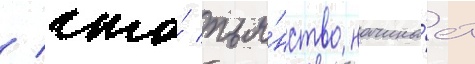
/ что́ пья́нство начина́ет